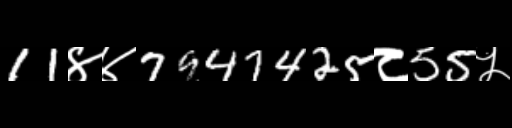
Text: 11४४7947425८55५